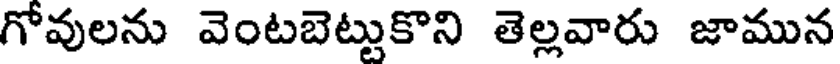
గోవులను వెంటబెట్టుకొని తెల్లవారు జామున